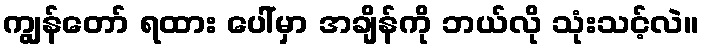
ကျွန်တော် ရထား ပေါ်မှာ အချိန်ကို ဘယ်လို သုံးသင့်လဲ။